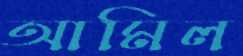
আমিল